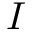
I